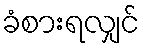
ခံစားရလျှင်